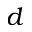
d